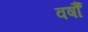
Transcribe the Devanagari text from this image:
वर्षौं